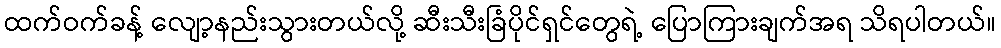
ထက်ဝက်ခန့် လျော့နည်းသွားတယ်လို့ ဆီးသီးခြံပိုင်ရှင်တွေရဲ့ ပြောကြားချက်အရ သိရပါတယ်။